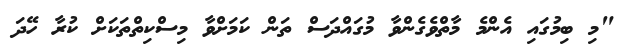
"މި ބިމުގައި އެންމެ މާތްވެގެންވާ މުގައްދަސް ތަން ކަމަށްވާ މިސްކިތްތަކަށް ކުރާ ހޭދަ